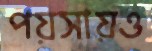
পয়সায়ও